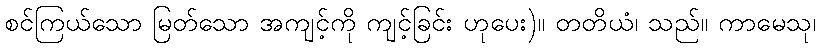
စင်ကြယ်သော မြတ်သော အကျင့်ကို ကျင့်ခြင်း ဟုပေး)။ တတိယံ၊ သည်။ ကာမေသု၊